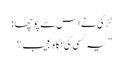
لڑکی نے اس سے پوچھا :
”یہ کسی کی نگاہ عجیب ؟